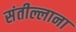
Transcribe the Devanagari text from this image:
संतील्लाना